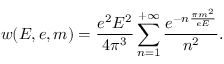
w ( E , e , m ) = \frac { e ^ { 2 } E ^ { 2 } } { 4 \pi ^ { 3 } } \sum _ { n = 1 } ^ { + \infty } \frac { e ^ { - n \frac { \pi m ^ { 2 } } { e E } } } { n ^ { 2 } } .